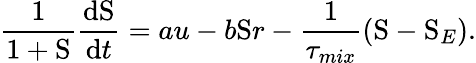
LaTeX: \frac{1}{1+\mathrm{S}}\frac{\mathrm{d}\mathrm{S}}{\mathrm{d}t}=au-b\mathrm{S}r-\frac{1}{\tau_{mix}}\left(\mathrm{S}-\mathrm{S}_{E}\right).